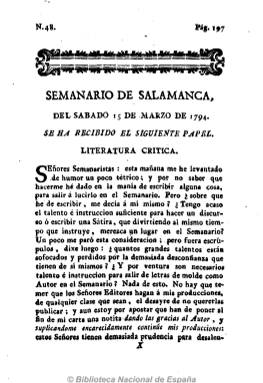
Título: Semanario de Salamanca
Otros títulos: Semanario erudito y curioso de Salamanca || Semanario literario y curioso de Salamanca
Colección: Cultura
Ámbito geográfico: Salamanca
Lugar de publicación: Salamanca
Fechas: 15/03/1794-27/09/1796

El Semanario erudito y curioso de Salamanca, que había empezado a publicarse el uno de octubre de 1793, cambia definitivamente su título a Semanario de Salamanca a partir de su número 48, correspondiente al 15 de marzo de 1794, aunque ya lo había adoptado esporádicamente en su número 3, de ocho de octubre de 1793. En otro momento de su vida adoptará también ocasionalmente el título de Semanario literario y erudito de Salamanca. Se trata pues del mismo periódico que fundara el presbítero Francisco Prieto de Torres, que sigue saliendo de las prensas de doña María Rico Villoria, por los impresores Manuel de la Vega y Manuel Rodríguez, en números ocho páginas (en ocasiones 12) y a una columna, con frecuencia bisemanal (martes y jueves), aunque a partir de abril de 1797 saldrá con periodicidad trisemanal, para después volver a su frecuencia inicial. Por último será impreso por Francisco de Toxar.

Su estructura y contenidos siguen siendo los mismos: artículos doctrinales sobre política, economía, comercio, agricultura, filosofía, religión, etc., de divulgación de las ciencias y de las artes y de creación literaria, especialmente en verso, para al final ofrecer las noticias denominadas “particulares”, es decir, las concernientes a la ciudad salmantina (hallazgos, pérdidas, ventas, teatro, festividades y culto religioso, bibliografía, etc.). Asimismo publica edictos reales y eclesiásticos, pastorales y una sección bajo el epígrafe “Se ha recibido el siguiente papel”, que corresponde a los textos que le enviaban para su publicación los lectores del periódico, que se convierten así en colaboradores, y que debían pasar asimismo por la censura para su publicación. También publica la lista de sus suscriptores, y en los primeros números de 1795 la cabecera estuvo acompañada de un grabado con el escudo de la ciudad.

Un gran número de textos son firmados con seudónimos o iniciales, habituales en la prensa de finales del XVIII, pero se sabe que entre los autores de sus contenidos se hallaban los propios Juan Meléndez Valdés y Juan Gaspar de Jovellanos, Francisco Sánchez Barbero, Juan Fernández de Rojas o el asiduo a la prensa de la época Fray Diego González.

Publicó también suplementos. Su paginación será continuada semestralmente, y al final llegará a incluir índices en sus últimos números de diciembre y junio, coleccionándose sus números en tomos asimismo semestrales.

La colección de este título de la Biblioteca Nacional de España alcanza hasta el número 370, correspondiente al 27 de septiembre de 1796, pero las colecciones del Archivo Municipal y de la Universidad de Salamanca son más completas, datándose el cese de esta publicación el 30 de octubre de 1798, correspondiente al número 586. Otra colección más completa se encuentra en la Universidad de La Laguna, y existen algunas referencias de que se publicaba en 1800.